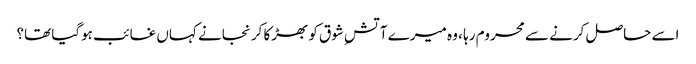
اسے حاصل کرنے سے محروم رہا ، وہ میرے آتشِ شوق کو بھڑکا کر نجانے کہاں غائب ہوگیا تھا؟